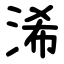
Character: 浠